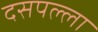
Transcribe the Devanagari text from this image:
दसपल्ला